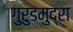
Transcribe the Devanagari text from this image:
गुरुडमुद्रा